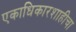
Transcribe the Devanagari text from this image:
एकाधिकारशाहीचा